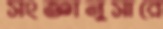
সংজ্ঞানুসারে